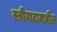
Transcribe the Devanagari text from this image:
स्त्रीवादामधील